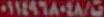
٠١١٤٩٦٨٠٤٨/٥